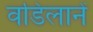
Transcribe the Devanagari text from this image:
वडिलानें